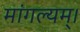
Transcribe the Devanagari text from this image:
मांगल्यम्।